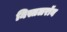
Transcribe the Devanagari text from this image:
निस्तलरॉय